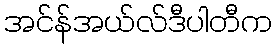
အင်န်အယ်လ်ဒီပါတီက